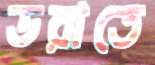
ডরাতে